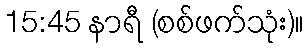
15:45 နာရီ (စစ်ဖက်သုံး)။